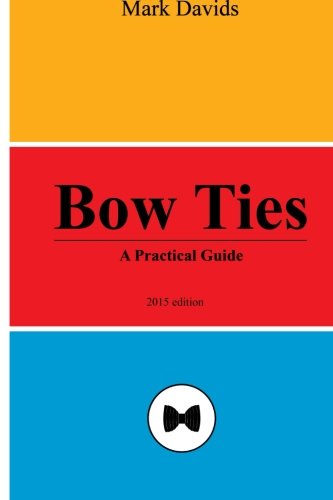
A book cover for Bow Ties: A Practical Guide (Men's Style Series) (Volume 2); Mark Davids; Health, Fitness & Dieting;